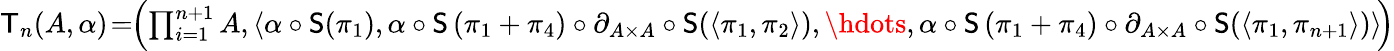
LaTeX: \begin{array}{r}{\mathsf{T}_{n}(A,\alpha)\! =\! \! \left(\prod_{i=1}^{n+1}A,\left\langle\alpha\circ\mathsf{S}(\pi_{1}),\alpha\circ\mathsf{S}\left(\pi_{1}+\pi_{4}\right)\circ\partial_{A\times A}\circ\mathsf{S}(\langle\pi_{1},\pi_{2}\rangle),\hdots,\alpha\circ\mathsf{S}\left(\pi_{1}+\pi_{4}\right)\circ\partial_{A\times A}\circ\mathsf{S}(\langle\pi_{1},\pi_{n+1}\rangle)\right\rangle\! \right)}\end{array}